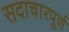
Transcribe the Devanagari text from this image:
सदाचारपूर्ण